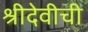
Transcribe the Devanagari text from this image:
श्रीदेवीची